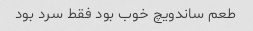
طعم ساندویچ خوب بود فقط سرد بود